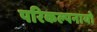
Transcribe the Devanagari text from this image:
परिकल्पनायो